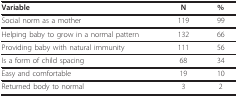
<table><thead><tr><td><b>Variable</b></td><td><b>N</b></td><td><b>%</b></td></tr></thead><tbody><tr><td>Social norm as a mother</td><td>119</td><td>99</td></tr><tr><td>Helping baby to grow in a normal pattern</td><td>132</td><td>66</td></tr><tr><td>Providing baby with natural immunity</td><td>111</td><td>56</td></tr><tr><td>Is a form of child spacing</td><td>68</td><td>34</td></tr><tr><td>Easy and comfortable</td><td>19</td><td>10</td></tr><tr><td>Returned body to normal</td><td>3</td><td>2</td></tr></tbody></table>